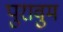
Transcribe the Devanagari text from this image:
पुरावुम